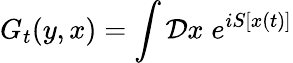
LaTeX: G_{t}(y,x)=\int{\cal D}x\; e^{iS[x(t)]}